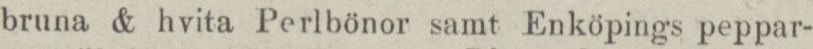
bruna & hvita Perlbönor samt Enköpings peppar-